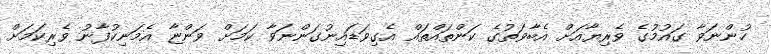
ހުންނަވާ ގައުމުގެ ވެރިޔާއަށް އެބާވަތުގެ ކަންތައްތައް އެގިވަޑައިނުގަންނަވާ ކަމަށް ވަންޏާ އެމަނިކުފާނު ވެރިކަމަށް